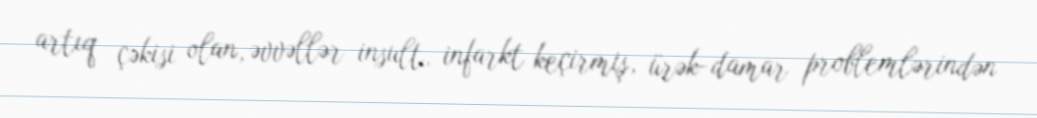
artıq çəkisi olan, əvvəllər insult, infarkt keçirmiş, ürək-damar problemlərindən